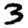
Digit: 3